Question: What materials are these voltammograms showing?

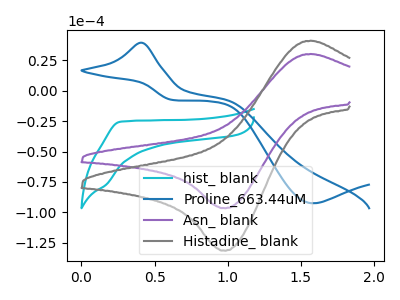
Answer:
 <answer>The cyan curve is labeled "hist_ blank". The blue curve is labeled "Proline_663.44uM". The purple curve is labeled "Asn_ blank". The gray curve is labeled "Histadine_ blank".</answer>
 <eval></eval>